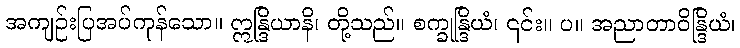
အကျဉ်းပြအပ်ကုန်သော။ ဣန္ဒြိယာနိ၊ တို့သည်။ စက္ခုန္ဒြိယံ၊ ၎င်း။ ပ။ အညာတာဝိန္ဒြိယံ၊